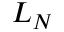
L _ { N }